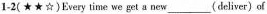
1-2( ★★☆)Every time we get a new ___ (deliver) of